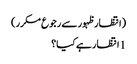
(انتظار ظہور سے رجوع مکرر)
1 انتظار ہے کیا؟